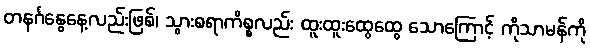
တနင်္ဂနွေနေ့လည်းဖြစ်၊ သွားစရာကိစ္စလည်း ထူးထူးထွေထွေ သောကြောင့် ကိုသာမန်ကို